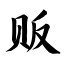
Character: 贩